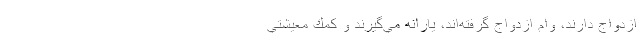
ازدواج دارند، وام ازدواج گرفته‌اند، يارانه مي‌گيرند و كمك معيشتي